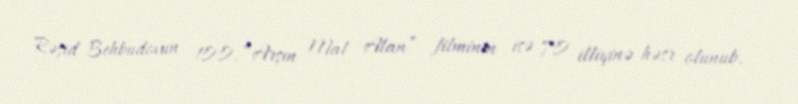
Rəşid Behbudovun 100, “Arşın Mal Alan” filminin isə 70 illiyinə həsr olunub.